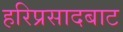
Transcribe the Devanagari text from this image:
हरिप्रसादबाट